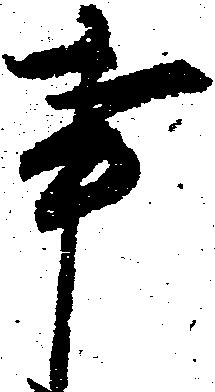
事